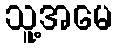
သူ့အမေ